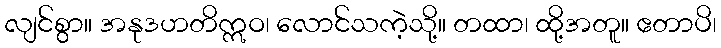
လျင်စွာ။ အနုဒဟတိဣဝ၊ လောင်သကဲ့သို့။ တထာ၊ ထို့အတူ။ ဧတာပိ၊